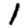
Digit: 1